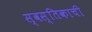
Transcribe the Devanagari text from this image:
स्वस्तिकाची